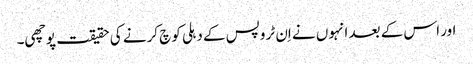
اور اس کے بعد انہوں نے اِن ٹروپس کے دہلی کوچ کرنے کی حقیقت پوچھی۔